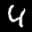
Label: 4